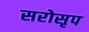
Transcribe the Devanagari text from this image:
सरोसृप